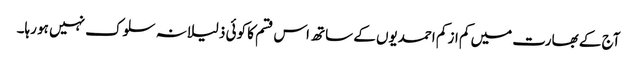
آج کے بھارت میں کم از کم احمدیوں کے ساتھ اس قسم کا کوئی ذلیلانہ سلوک نہیں ہو رہا۔